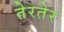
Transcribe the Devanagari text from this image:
तेरतेर